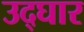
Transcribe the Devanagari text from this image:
उद्घार